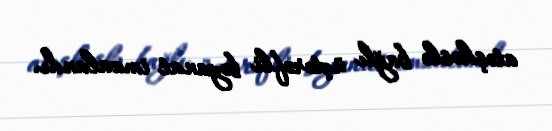
atəşkəslə bağlı üçtərəfli bəyanat imzalandı.